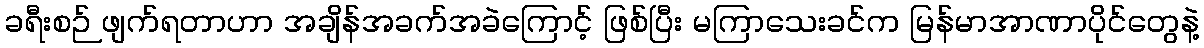
ခရီးစဉ် ဖျက်ရတာဟာ အချိန်အခက်အခဲကြောင့် ဖြစ်ပြီး မကြာသေးခင်က မြန်မာအာဏာပိုင်တွေနဲ့